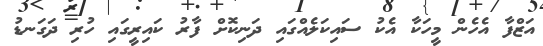
އަޒްފާ އެހެން މީހަކާ އެކު ސައިކަލެއްގައި ދަނިކޮށް ފާރު ކައިރީގައި ހުރި ދަގަނޑު